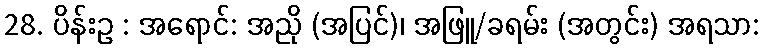
28. ပိန်းဥ : အရောင်: အညို (အပြင်)၊ အဖြူ/ခရမ်း (အတွင်း) အရသာ: